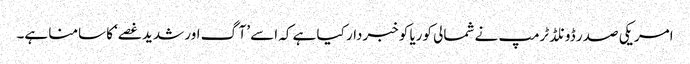
امریکی صدر ڈونلڈ ٹرمپ نے شمالی کوریا کو خبردار کیا ہے کہ اسے ’آگ اور شدید غصے‘ کا سامنا ہے۔